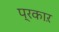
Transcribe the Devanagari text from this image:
प्रकाऱ